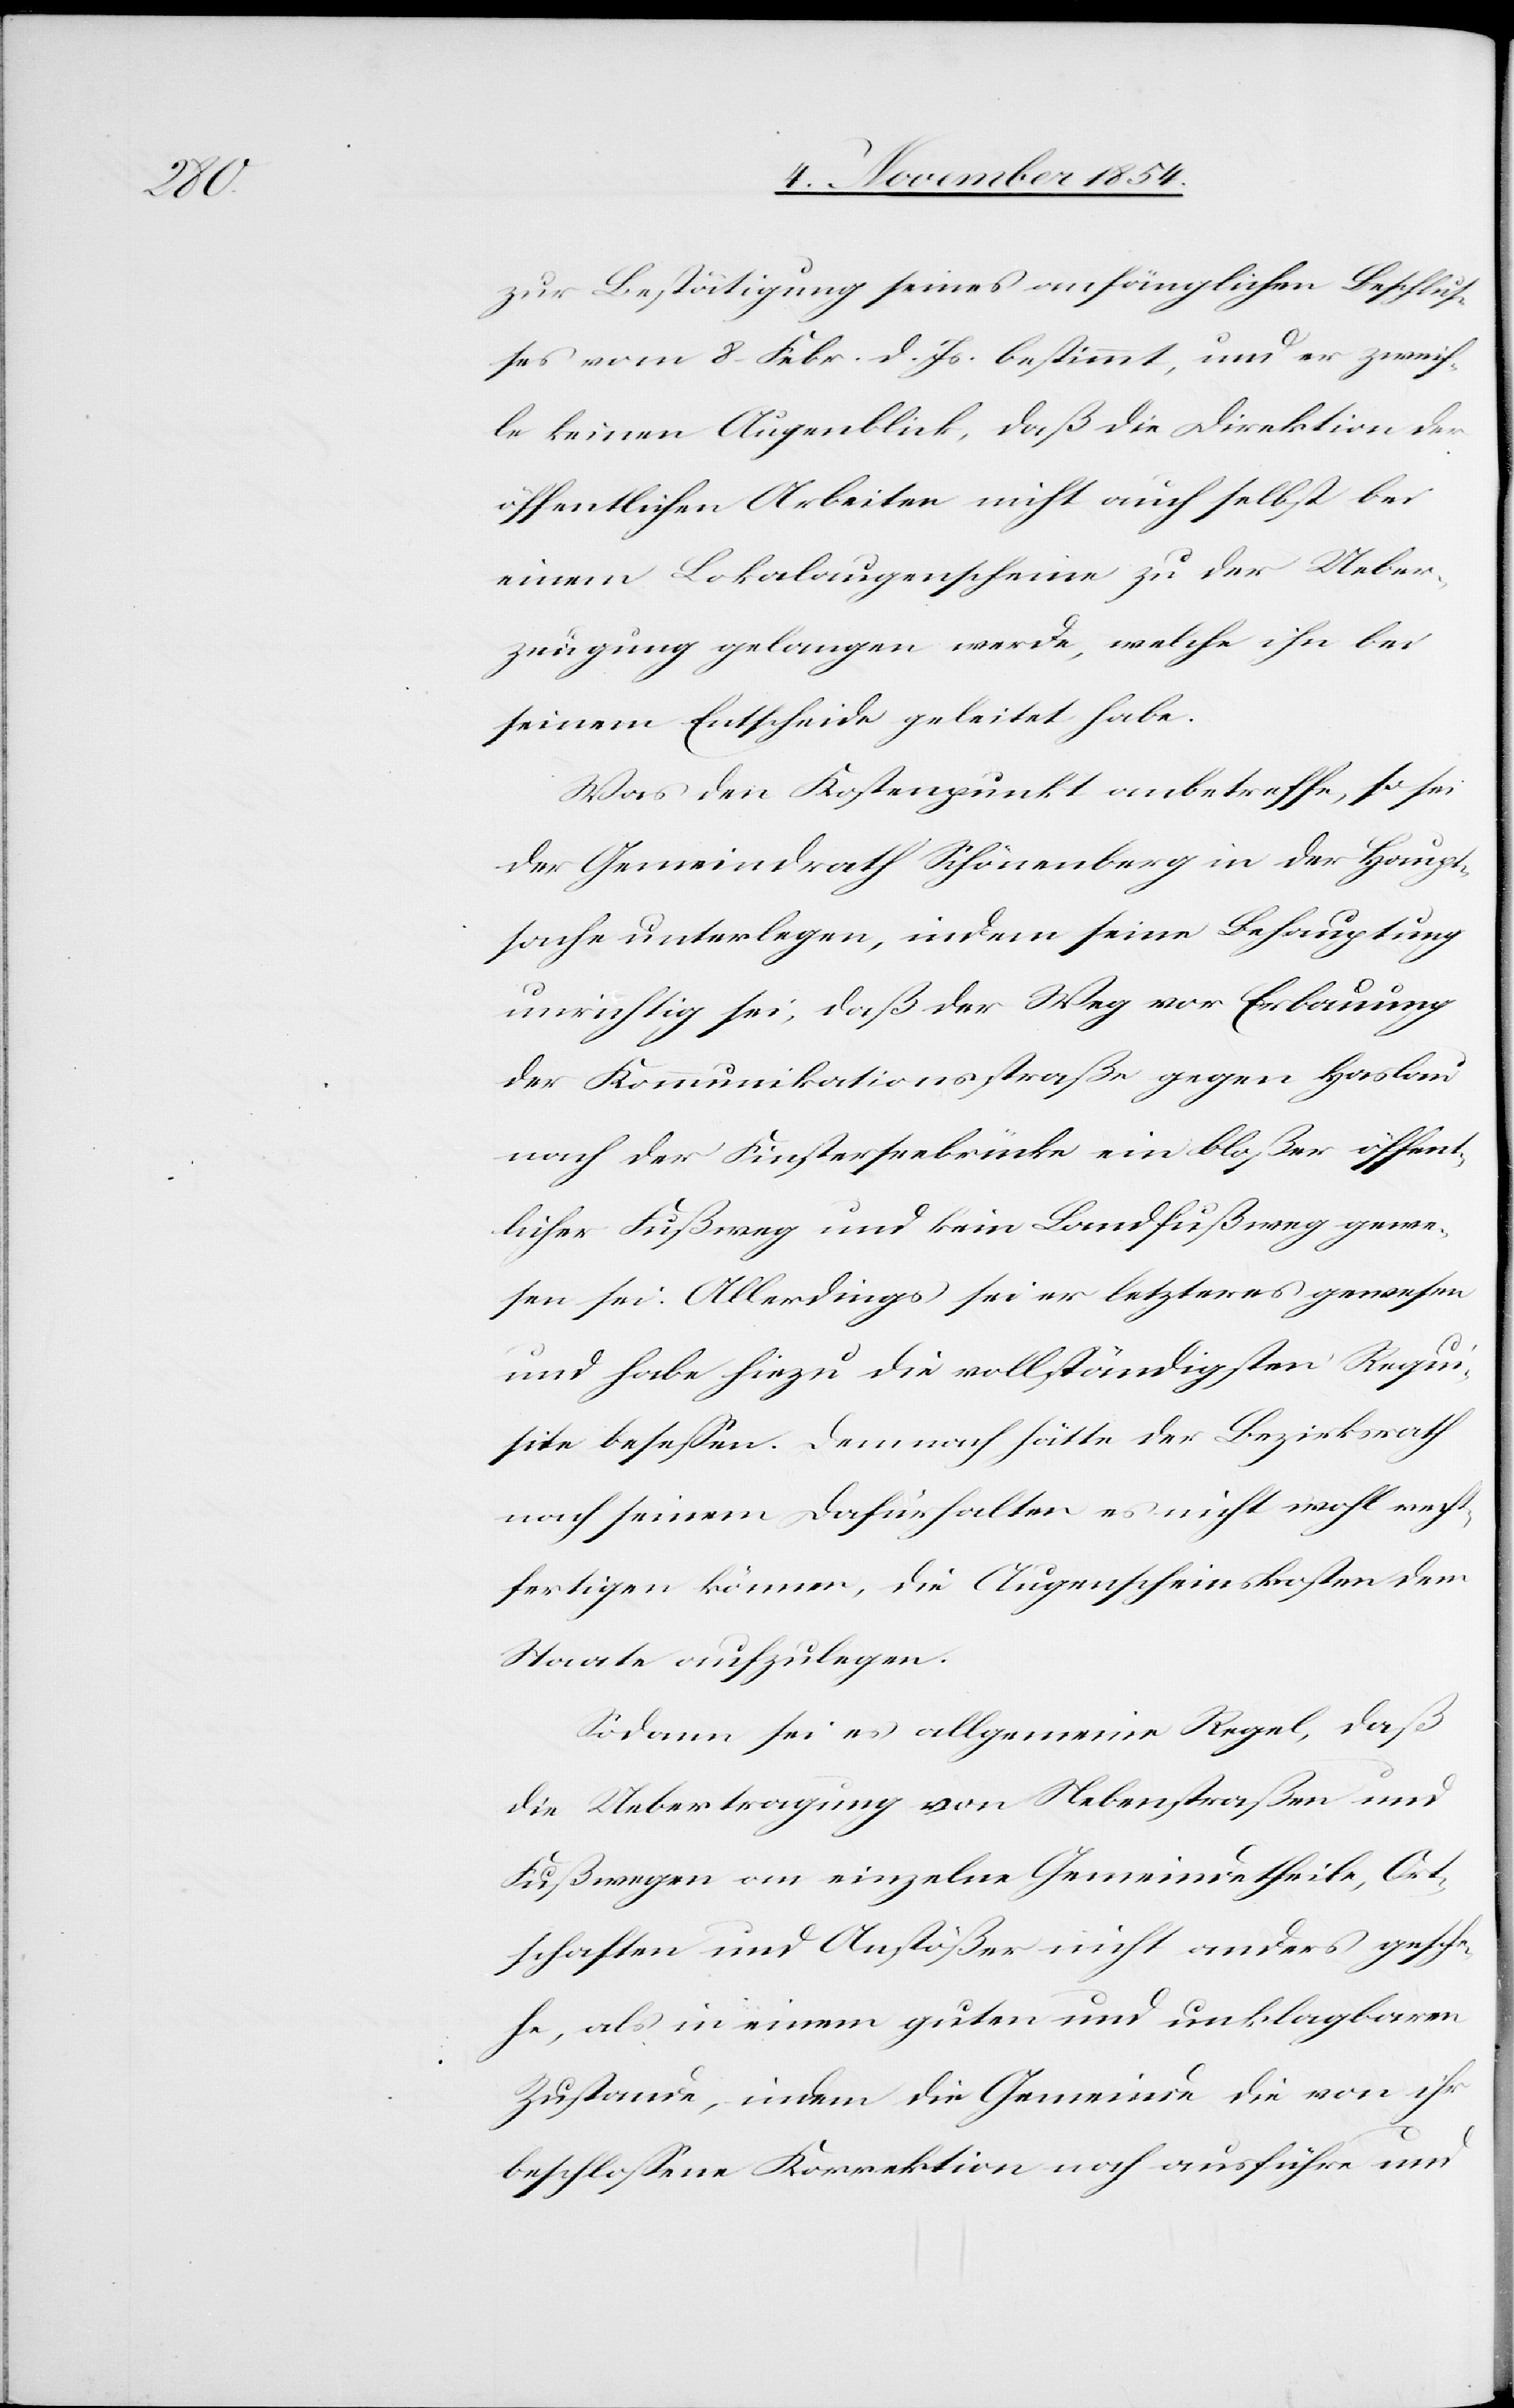
zur Bestätigung seines anfänglichen Beschluß¬
es vom 8. Febr. d. Js. bestimmt, und er zweif¬
le keinen Augenblick, daß die Direktion der
öffentlichen Arbeiten nicht auch selbst bei
einem Lokalaugenscheine zu der Ueber¬
zeugung gelangen werde, welche ihn bei
seinem Entscheide geleitet habe.
Was den Kostenpunkt anbetreffe, so sei
der Gemeindrath Schönenberg in der Haupt¬
sache unterlegen, indem seine Behauptung
unrichtig sei, daß der Weg vor Erbauung
der Kommunikationsstraße gegen Haslau
nach der Finsterseebrücke ein bloßer öffent¬
licher Fußweg und kein Landfußweg gewe¬
sen sei. Allerdings sei er letzteres gewesen
und habe hiezu die vollständige Requi¬
site beseßen. Demnach hätte der Bezirksrath
nach seinem Dafürhalten es nicht wohl recht¬
fertigen können, die Augenscheinskosten dem
Staate aufzulegen.
Sodann sei es allgemeine Regel, daß
die Uebertragung von Nebenstraßen und
Fußwegen an einzelne Gemeindetheile, Ort¬
schaften und Anstößer nicht anders gesche¬
he, als in einem guten und unklagbaren
Zustande, indem die Gemeinde die von ihr
beschloßene Korrektion noch ausführe und